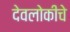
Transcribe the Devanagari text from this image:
देवलोकीचे